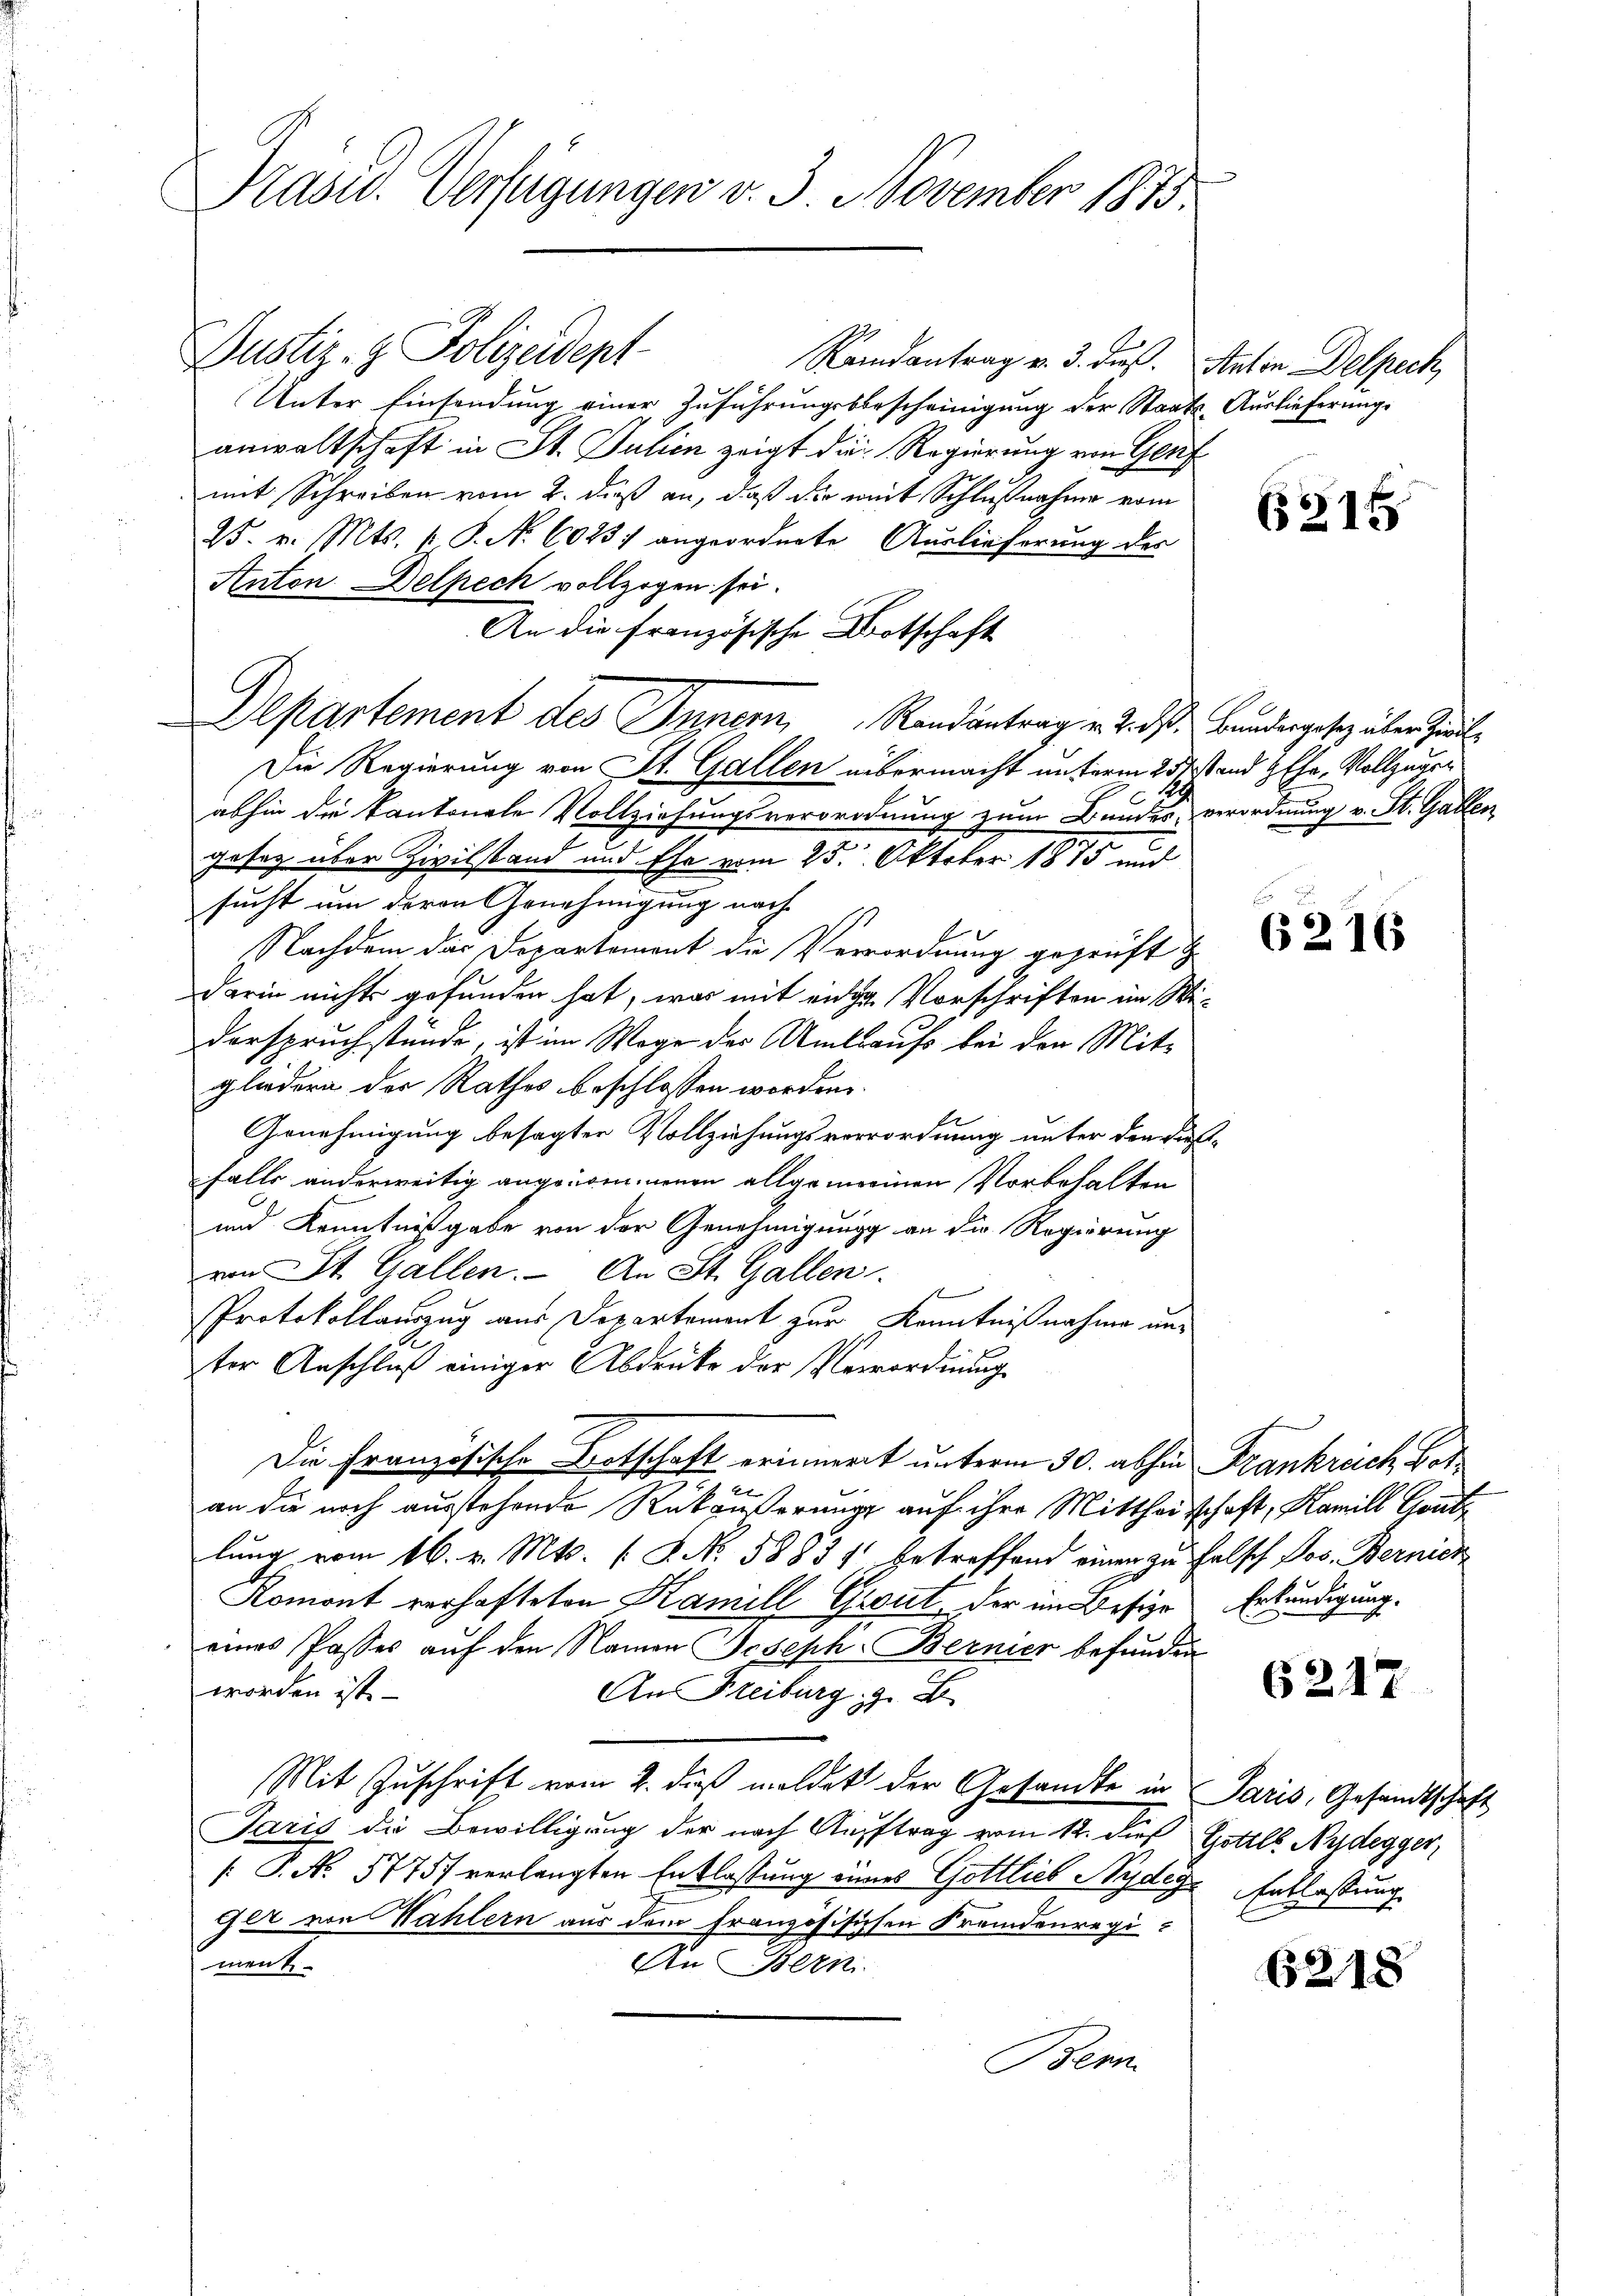
Präsid. Verfügungen v. 3. November 1873.

Justiz- & Polizeident
Randantrag v. 3. dieß. Anton Delpech,
Unter Einsendung einer Zuführungsbescheinigung der Staats-Auslieferung
anwaltschaft in St. Julien zeigt die Regierung von Genf
mit Schreiben vom 2. dieß an, daß die mit Schlußnahme vom
W. v. Mts. f. P. No 6025) angeordnete Auslieferung des
Anton Delpech vollzogen sei.
An die französische Botschaft
Departement des Innern Randantrag u. 2 des Bandergesetz über Zivil
Die Regierung von St. Gallen übermacht unterm 25stest und 9 Uhr. Vollzugeabhin die Kantonale Vollziehungsverordnung zum Bundes, verordnung v. St. Gallen
gesez über Zivilstand und Ehe vom 25. Oktober 1875 und
sucht um deren Genehmigung nach 1
Nachdem das Departement die Verrordnung geprüft G.
darin nichts gefunden hat, was mit eingen Vorschriften im We-
derspruchstände, ist im Wage des Umlauf bei den Mitgliedern der Rathes beschlossen worden.
Genehmigung besagter Vollziehungsverrordnung unter den Fuß-
falls anderweitig angenommenen allgemeinen Vorbehalten
und Kenntnißgabe von der Genehmigung an die Regierung
von St. Gallen. An St. Gallen.
Protokollauszug aus Departement zur Kenntnißnahme unter Anschluß einiger Abdrücke der Verrordnung
Die Französische Botschaft erinnert unterm 30. abhin Frankreich Botan die noch ausstehende Rückäußerungs auf ihre Mittheitschaft, Kamill Gutlung vom 16. v. Mts. [S. No. 58831 betreffend einen zu falsch Jos. Bernich
Romont verhafteten Kamell Gront, der im Besizes Erkundigung.
eines Passes auf den Namen Joseph-Bernier befunden
worden ist.
An Freiburg z. B.
Mit Zuschrift vom 2. dieß meldet der Gesandte in Paris, Gesandtschaf
Paris die Bewilligung der nach Auftrag vom 12. dieß Gottle Nudegger,
[ P. No. 5775 verlangten Entlassung eines Gottlieb Nydeg. Entlassung
Ger von Wahlern aus dem französischen Fremdenregi
An Bern
men
Benn

6315

u
6216

6217

6218

2